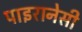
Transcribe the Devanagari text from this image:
पाइरानेसी